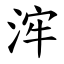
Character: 浶